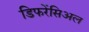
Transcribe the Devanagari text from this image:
डिफरेंसिअल